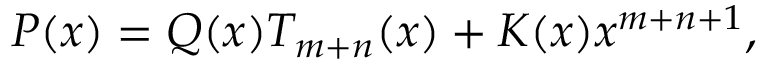
P ( x ) = Q ( x ) T _ { m + n } ( x ) + K ( x ) x ^ { m + n + 1 } ,